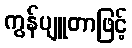
ကွန်ပျူတာဖြင့်